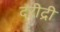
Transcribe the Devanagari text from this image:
दरीद्री